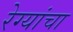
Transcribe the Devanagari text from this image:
रेग्यांचा